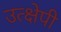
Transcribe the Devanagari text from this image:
उत्क्षेपी